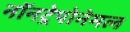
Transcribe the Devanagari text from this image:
नॉनट्रेपोनेमल